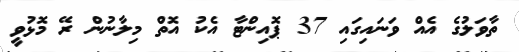
ތާވަލުގެ އެއް ވަނައިގައި 37 ޕޮއިންޓާ އެކު އޮތް މިލާނުން ރޭ މޮޅުވީ